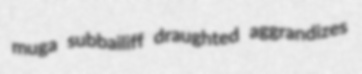
muga subbailiff draughted aggrandizes